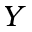
Y